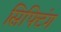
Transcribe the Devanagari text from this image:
सिफ्टिंग